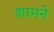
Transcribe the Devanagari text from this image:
शामने